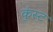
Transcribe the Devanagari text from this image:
कुंस्ट